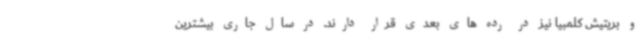
و بریتیش کلمبیا نیز در رده های بعدی قرار دارند. در سال جاری بیشترین